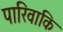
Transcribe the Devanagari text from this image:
पारिवाकि